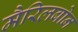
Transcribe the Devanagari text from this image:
मैरिलबोन